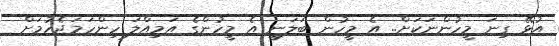
އުޅޭ ގިނަ މީހުންނަކަށް.. އެ މީހުން ބަލަނީ އެ މީހުންގެ އަމިއްލަ ހިންހަމަޖެހުމަށް